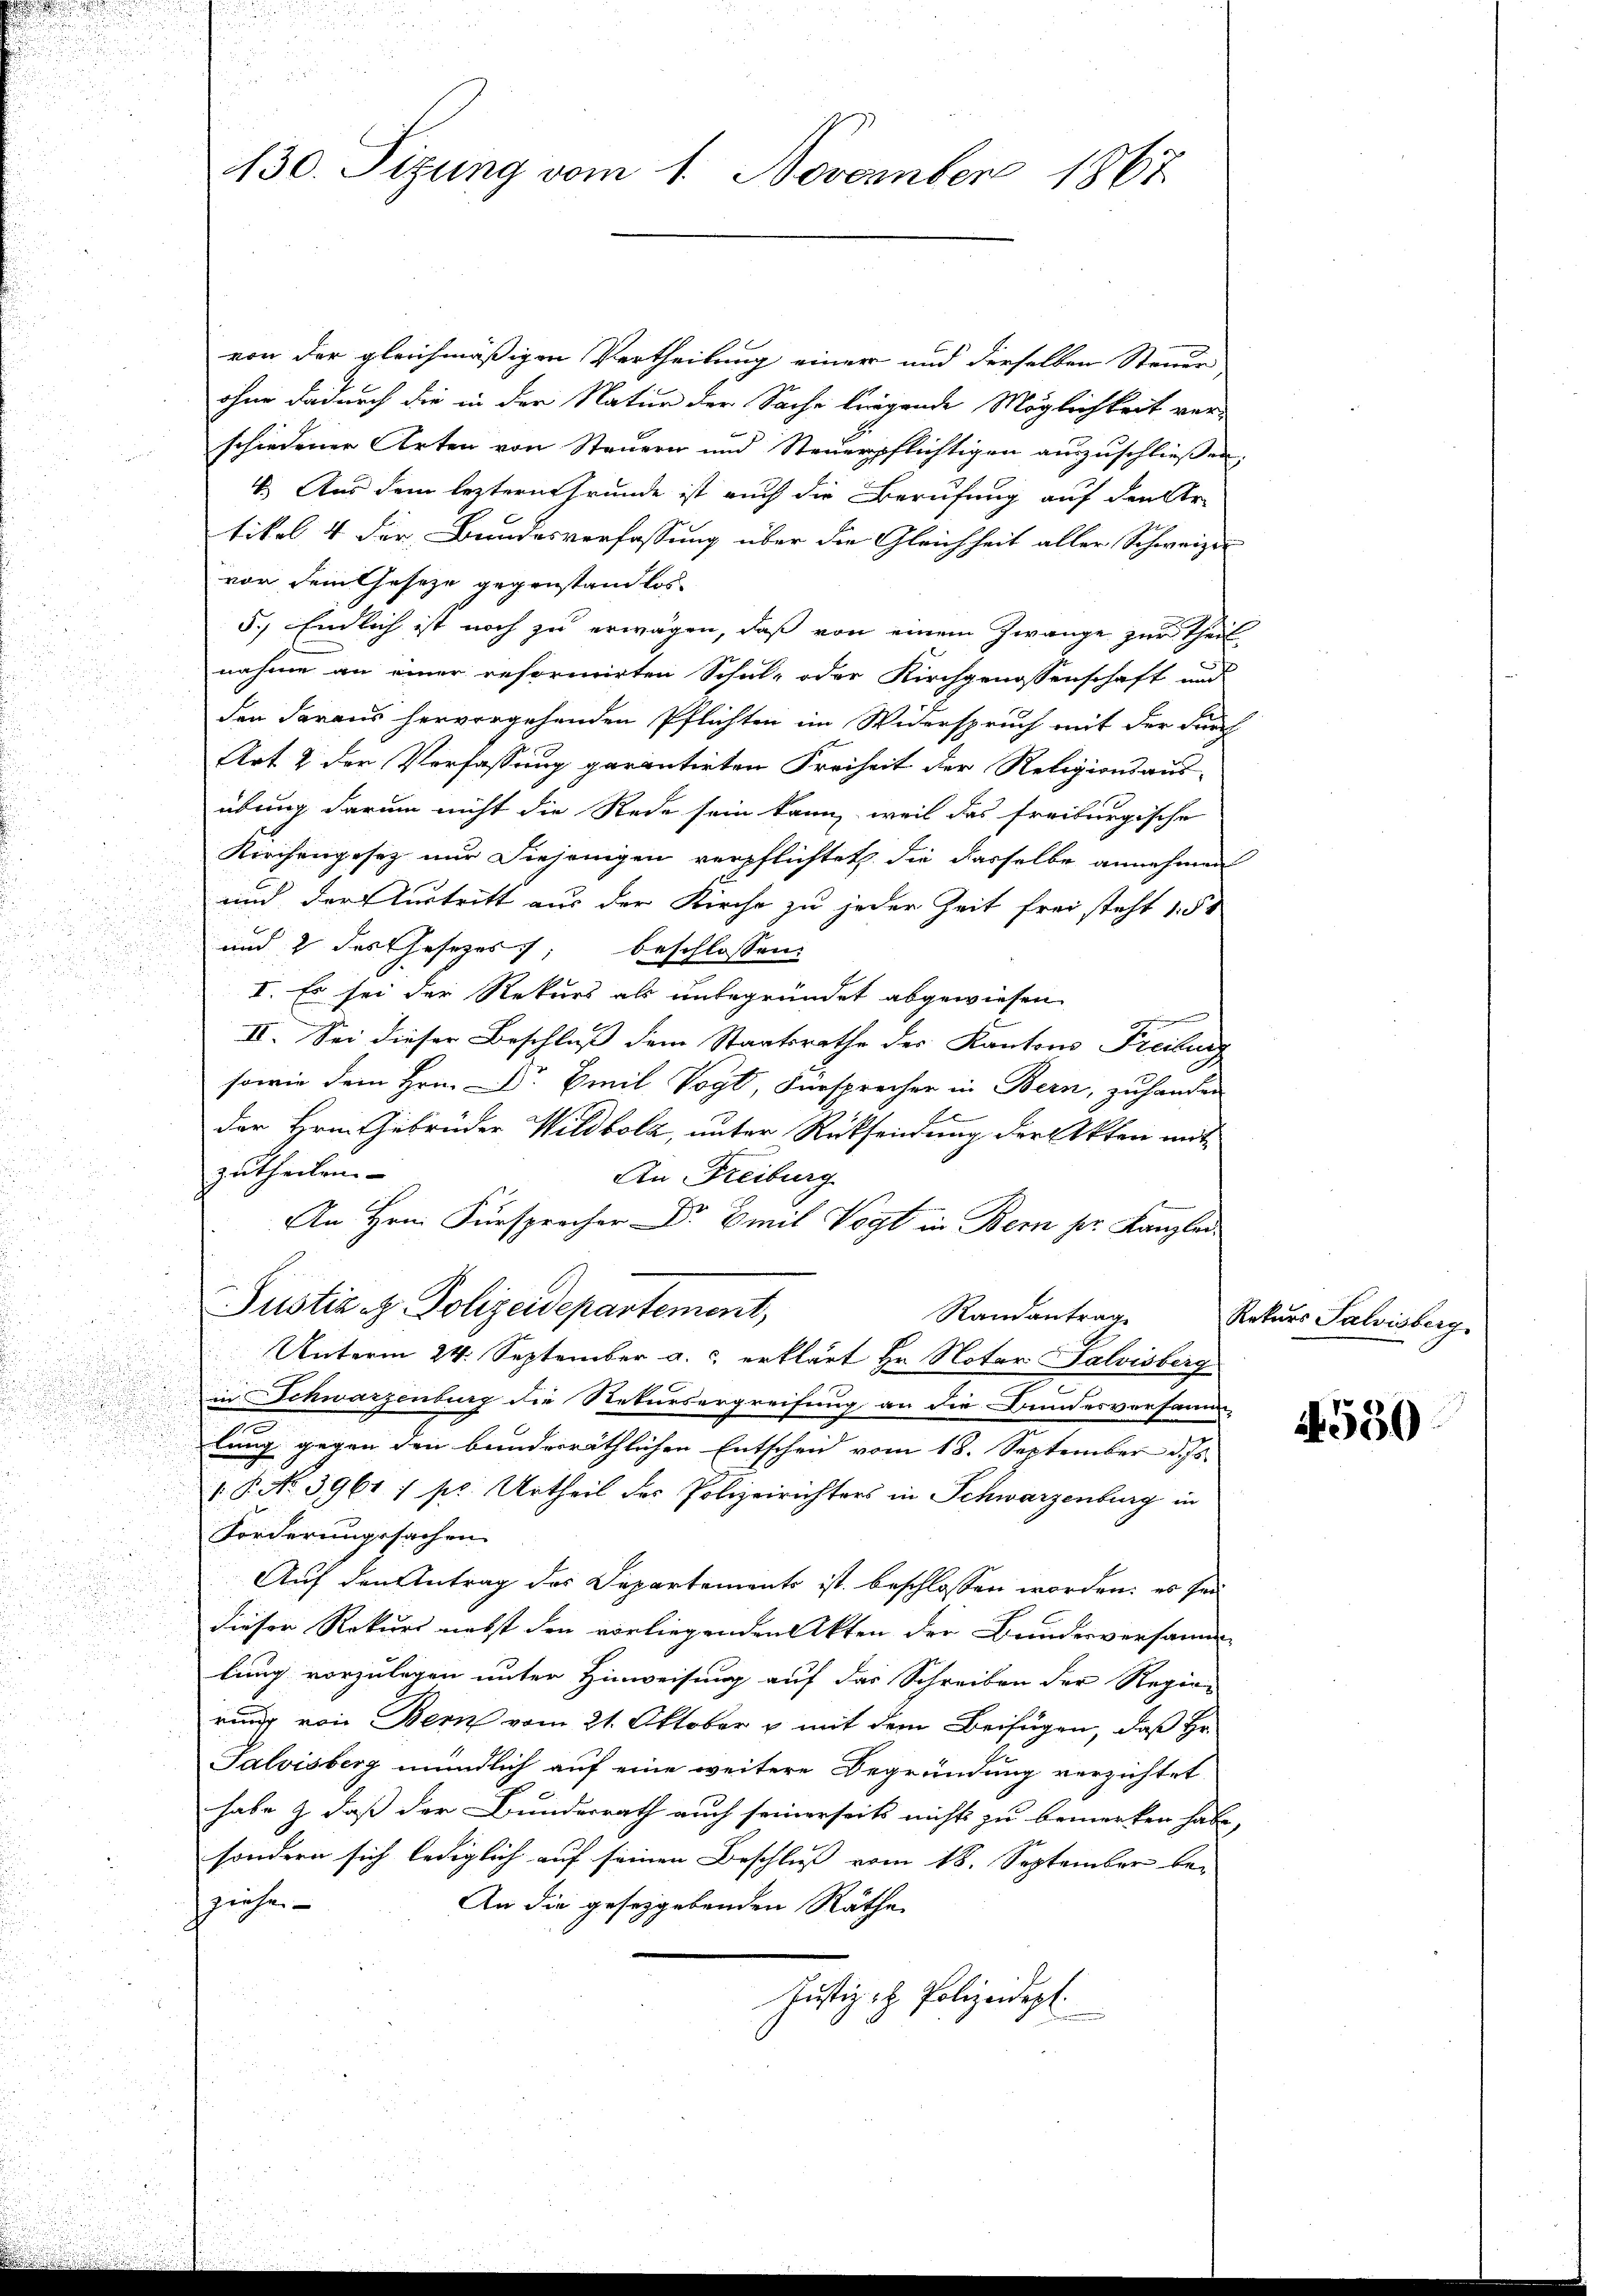
130. Sizung vom 1. November 1867.

von der gleichmäßigen Vertheilung einer und derselben Steuer,
ohne dadurch die in der Natur der Sache bürgende Möglichkeit ver-
schiedener Arten von Steuern und Steuerpflichtigen auszuschliessen
4. Aus dem leztern Grunde ist auch die Berufung auf den tr
tikel 4 der Bundesverfassung über die Gleichheit aller Schweizer
von dem Gesetze gegenstand los
5.) Endlich ist noch zu erwagen, daß von einem Zwange zur Theil
nahme an einer reformirten Schul- oder Kirchgenossenschaft und
.
den daraus hervorgehenden Pflichten im Widerspruch mit der durch
Art. 2 der Verfassung garantirten Freiheit der Religionsaus-
übung darum nicht die Rede sein kann, weil das freiburgische
Kiechengesez nur diejenigen verpflichtet die dasselbe annehmen
i
und der urtritt aus der Kirche zu jeder Zeit frei steht 150

.
und 2 des Gesetzes, beschlossen:

u
2
I. Es sei der Rekurs als unbegründet abgewiesen
.
IV. Sei dieser Beschluß dem Staatsrathe des Kantons Freiburg
sowie dem Hrn. Dr. Emil Vogt, Fürsprecher in Bern, zu handen
der Hrn. Gebrüder Wildbolz, unter Rücksendung der Akten mit
zutheilen.
An Freiburg
An Hrn. Fürsprocher Dr Emil Vogt in Bern pr. Kanzlei¬
Justiz & Polizeidepartement,
Randantrag
Unterm 24. September a.c. erklärt Hr. Notar Salvisberg
in Schwarzenburg die Rekursergreifung an die Bundesversamm-
lung gegen den bunderräthlichen Entscheid vom 18. September d. Js.
.P. No. 3961 : pr. Urtheil des Polizeirichters in Schwarzenburg in
Forderungssachen
Auf den Antrag des Departements ist beschlossen worden: es sei
dieser Rekurs nebst den vorliegenden Akten der Bundesversamm
lung vorzulegen unter Hinweisung auf das Schreiben der Regie-
rung von Bern vom 21. Oktober v mit dem Beifügen, daß Hr.
Salvisberg mündlich auf eine weitere Begründung verzichtet
habe & daß der Bunderrath auch seinerseits nichts zu bemerken habe.
sondern sich lediglich auf seinen Beschluß vom 18. September be-
ziehen
An die geseggebenden Räthe
Justiz - Polizeidep

Rekurs Salvisberg

2550